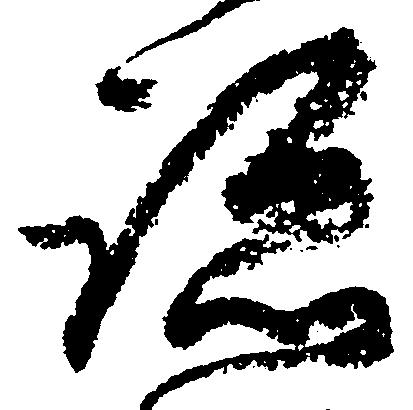
跡